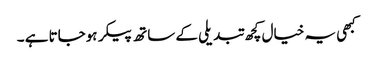
کبھی یہ خیال کچھ تبدیلی کے ساتھ پیکر ہوجاتا ہے ۔